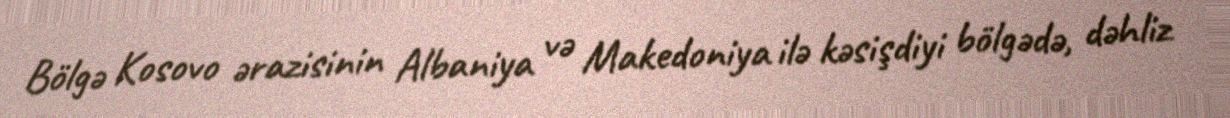
Bölgə Kosovo ərazisinin Albaniya və Makedoniya ilə kəsişdiyi bölgədə, dəhliz